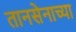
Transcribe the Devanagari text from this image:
तानसेनाच्या